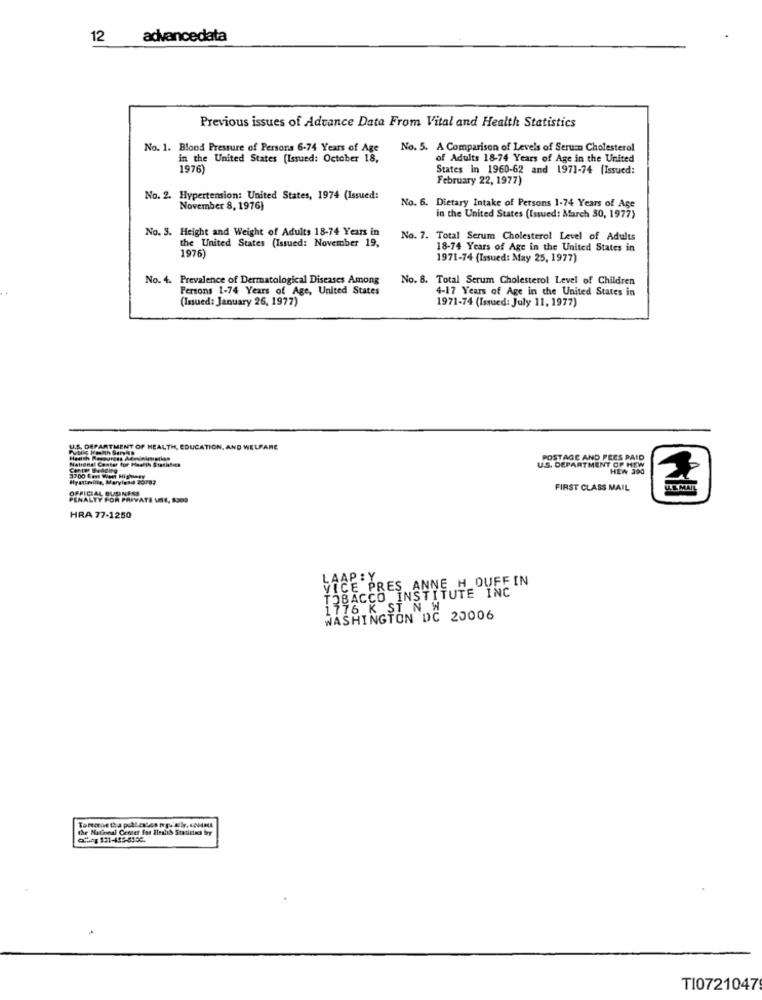
12
advancedata
Previous issues of Advance Data From Vital and Health Statistics
No. 1. Blood Pressure of Persons 6-74 Years of Age
No. 5. A Comparison of Levels of Serum Cholesterol
in the United States (Issued: October 18,
of Adults 18-74 Years of Age in the United
1976)
States in 1960-62 and 1971-74 (Issued:
February 22, 1977)
No. 2. Hypertension: United States, 1974 (Issued:
November 8, 1976)
No. 6. Dietary Intake of Persons 1-74 Years of Age
in the United States (Issued: March 30, 1977)
No. 3. Height and Weight of Adults 18-74 Years in
the United States (Issued: November 19,
No. 7. Total Serum Cholesterol Level of Adults
1976)
18-74 Years of Age in the United States in
1971-74 (Issued: May 25, 1977)
No. 4. Prevalence of Dermatological Diseases Among
No. 8. Total Serum Cholesterol Level of Children
Persons 1-74 Years of Age, United States
4-17 Years of Age in the United States in
(Issued: January 26, 1977)
1971-74 (Issued: July 11, 1977)
U.S. DEPARTMENT OF HEALTH, EDUCATION, AND WELFARE
National Center for Health Statief-cs
POSTAGE AND FEES PAID
U.S. DEPARTMENT OF HOW
HEW 390
Hyattmille, Maryland 39783
FIRST CLASS MAIL
OFFICIAL BUSINESS
PENALTY FOR PRIVATE UNS, 8300
HRA 77-1250
VICE PRES ANNE H DUFFIN
LAAP : Y
TOBACCO INSTITUTE INC
1776 K ST N W
WASHINGTON DC 20006
the National Center for HealS Statistics by
TI0721047